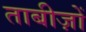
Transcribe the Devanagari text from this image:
ताबीज़ों